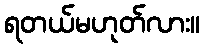
ရတယ်မဟုတ်လား။